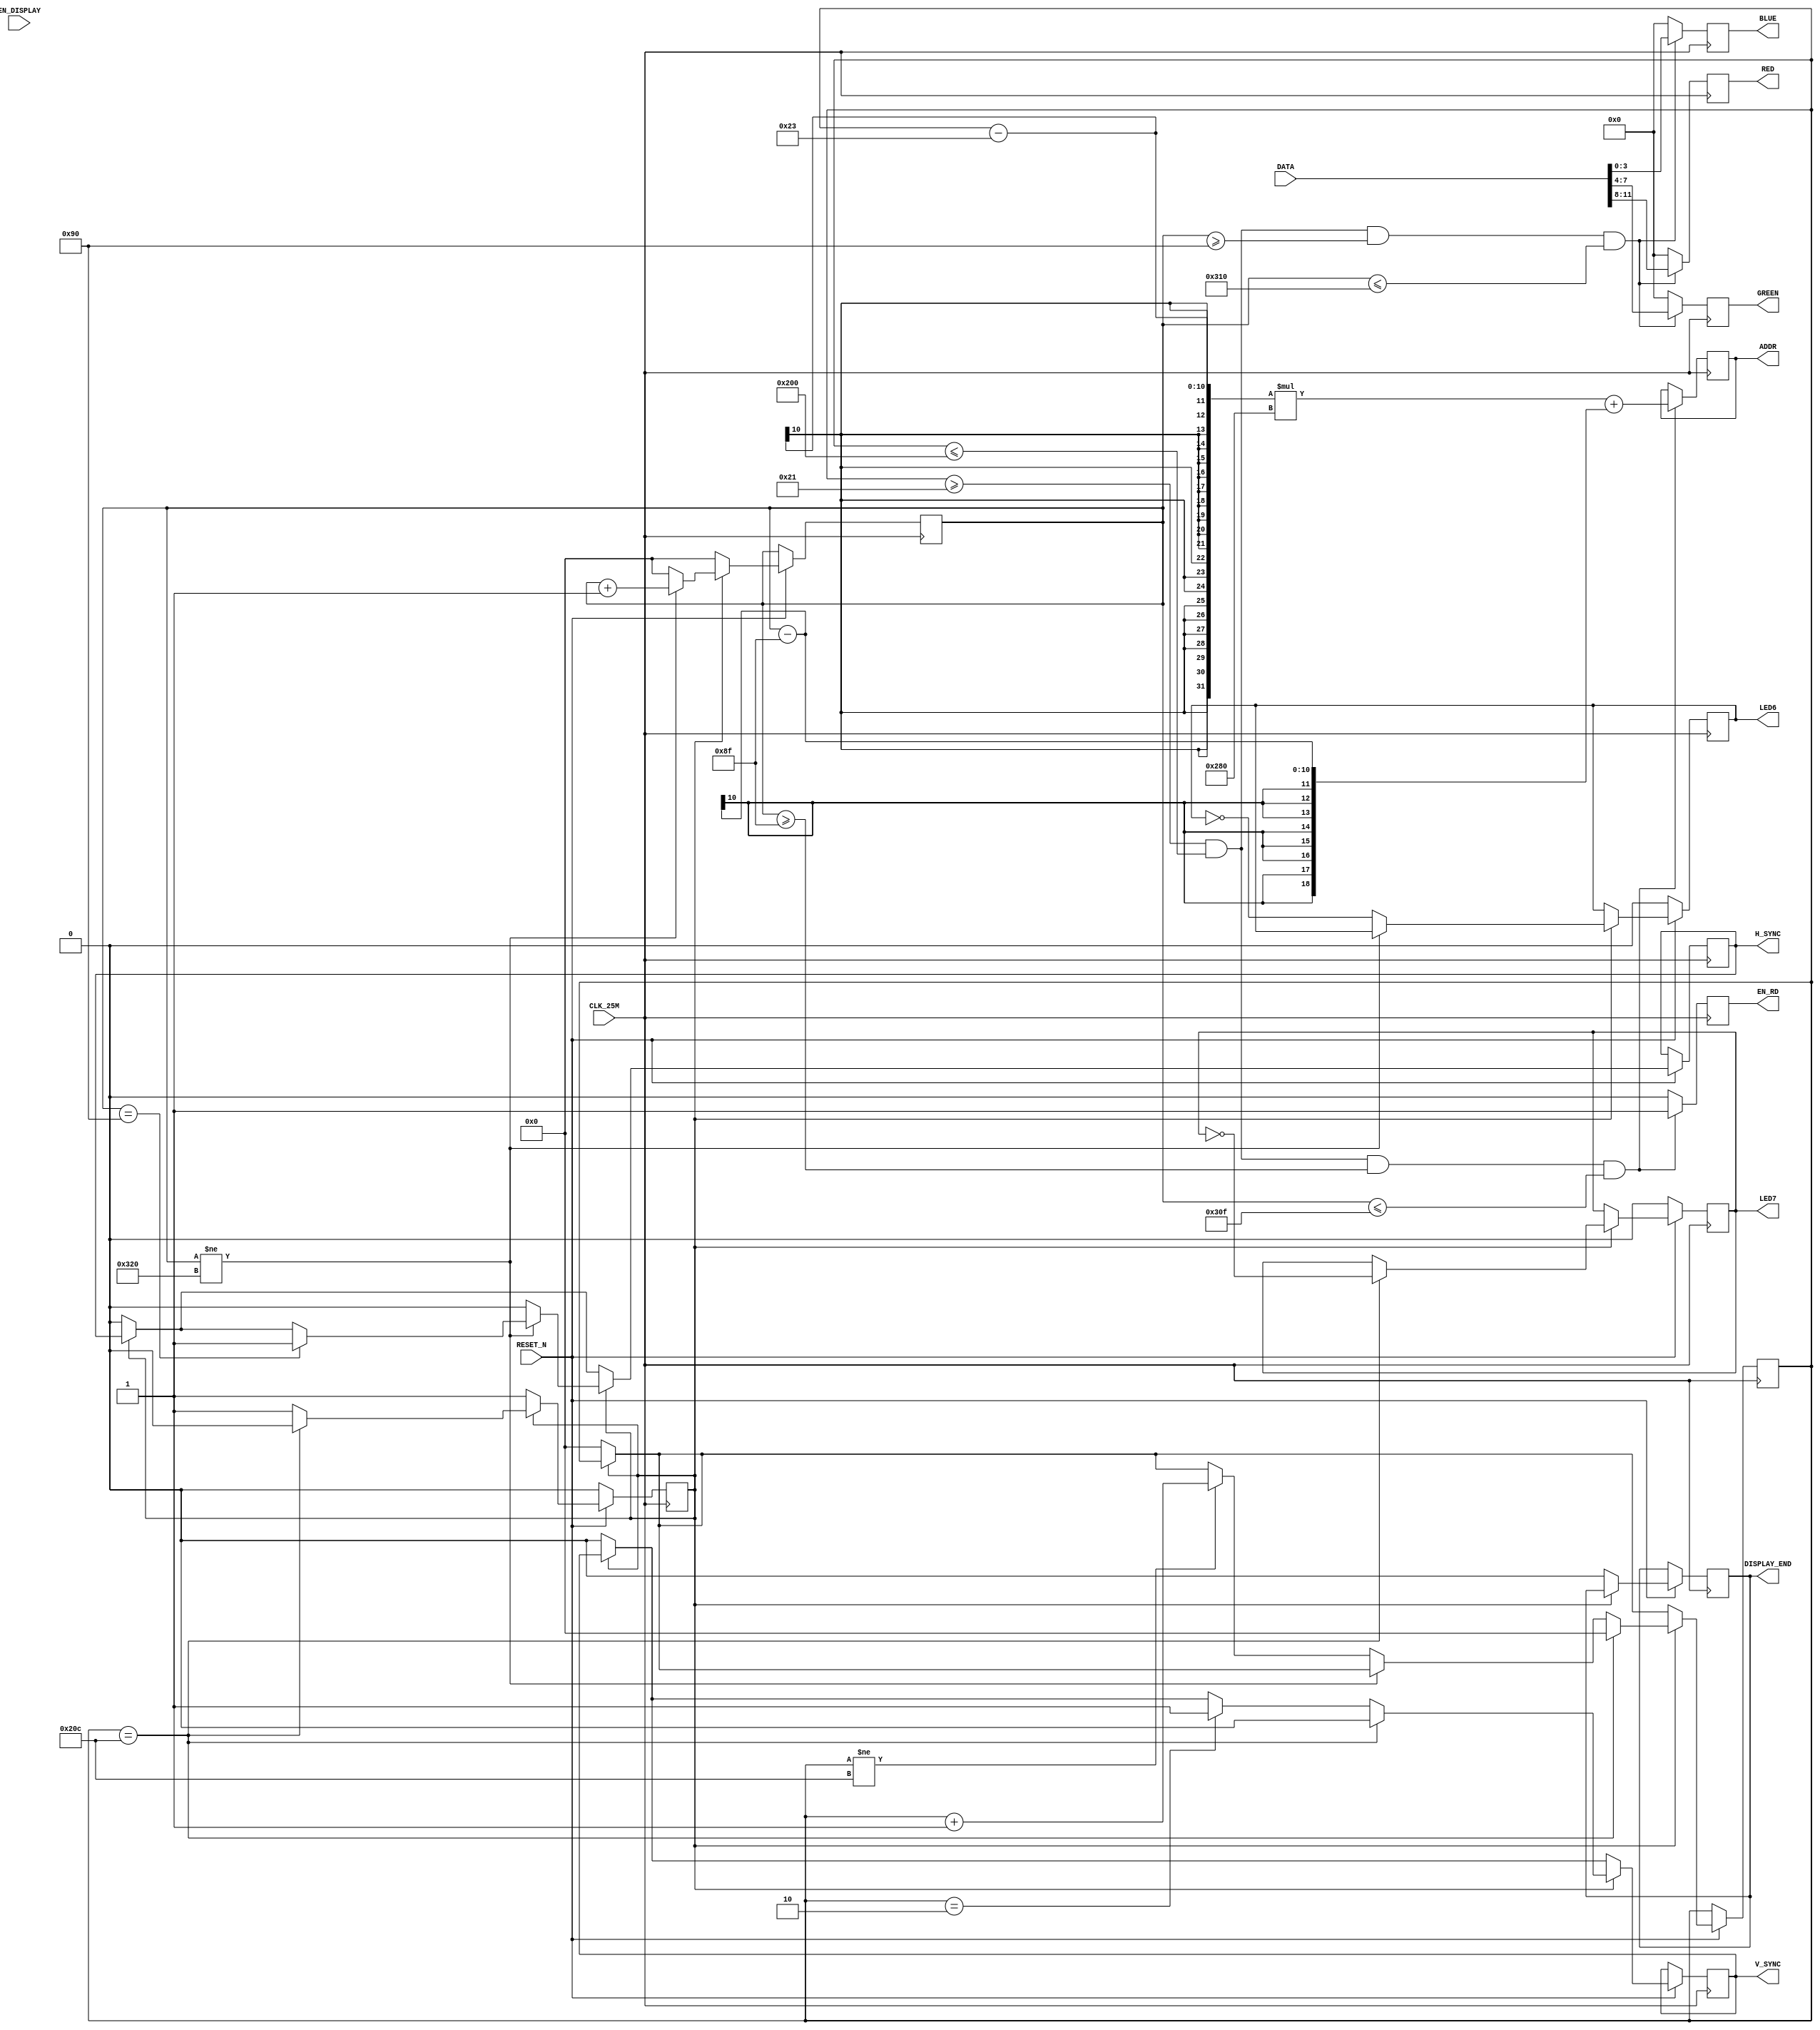
module BRAM2VGA(
    input CLK_25M,
    input RESET_N,
    input EN_DISPLAY,
    output reg DISPLAY_END,
    
    output reg LED6,
    output reg LED7,

    // BRAM side
    output reg EN_RD,
    input [11:0] DATA,
    output reg [18:0] ADDR,

    // VGA side
    output reg H_SYNC,
    output reg V_SYNC,
    output reg [3:0] RED,
    output reg [3:0] GREEN,
    output reg [3:0] BLUE
);

parameter HORI_SYNC     =   96,
          HORI_BACK     =   48,
          HORI_FRONT    =   16,
          HORI_ACTIVE   =   640,
          HORI_TOTAL    =   800;
          
parameter VERT_SYNC     =   2,
          VERT_BACK     =   31,
          VERT_FRONT    =   11,
          VERT_ACTIVE   =   480,
          VERT_TOTAL    =   524;

reg cnt_go;
reg [9:0] cnt_hsync,cnt_vsync;

always@(posedge CLK_25M) begin
    if(!RESET_N) begin
        LED6 <= 1'b0;
        LED7 <= 1'b0;
        cnt_go <= 1'b0;
        //DISPLAY_END <= 1'b0;
    end
    //else if(!EN_DISPLAY) DISPLAY_END <= 1'b0; 
    else begin

        // Initialization
        if(cnt_go == 1'b0) begin
            cnt_go <= 1'b1;
            cnt_vsync <= 10'b0;
            cnt_hsync <= 10'b0;
            H_SYNC <= 1'b0;
            V_SYNC <= 1'b0;
            DISPLAY_END <= 1'b0;
        end

        // If cnt_go is 1, keep counting.
        if(cnt_go == 1'b1) begin         
            if(cnt_hsync == HORI_SYNC + HORI_BACK) H_SYNC <= 1'b1;
            if(cnt_hsync != HORI_TOTAL) cnt_hsync <= cnt_hsync + 1'b1;
            else begin
                LED6 <= ~LED6;
                H_SYNC <= 1'b0;
                cnt_hsync <= 0;
                if(cnt_vsync != VERT_TOTAL) cnt_vsync <= cnt_vsync + 1'b1;
            end
            if(cnt_vsync == VERT_SYNC) V_SYNC <= 1'b1;
            if(cnt_vsync == VERT_TOTAL) begin
                LED7 <= ~LED7;
                V_SYNC <= 1'b0;
                cnt_vsync <= 0;
                cnt_go <= 0;
            end
        end
    end
    
    
    
    if((cnt_vsync >= (VERT_SYNC + VERT_BACK)) && (cnt_vsync <= (VERT_TOTAL - VERT_FRONT -1)) && (cnt_hsync >= (HORI_SYNC + HORI_BACK - 1)) && (cnt_hsync <= (HORI_TOTAL - HORI_FRONT - 1))) begin
        
        EN_RD <= 1'b1;
        ADDR <= (cnt_vsync-35)*640 + (cnt_hsync-143);
    end
    else EN_RD <= 1'b0;

    if((cnt_vsync >= (VERT_SYNC + VERT_BACK)) && (cnt_vsync <= (VERT_TOTAL - VERT_FRONT -1)) && (cnt_hsync >= (HORI_SYNC + HORI_BACK)) && (cnt_hsync <= (HORI_TOTAL - HORI_FRONT))) begin
        
        RED <= DATA[11:8];
        GREEN <= DATA[7:4];
        BLUE <= DATA[3:0];
    end
    else begin
        RED <= 4'b0;
        GREEN <= 4'b0;
        BLUE <= 4'b0;
    end
    
  
end

endmodule